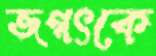
জগৎকে